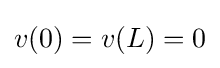
v(0)=v(L)=0